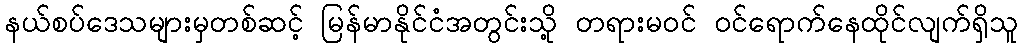
နယ်စပ်ဒေသများမှတစ်ဆင့် မြန်မာနိုင်ငံအတွင်းသို့ တရားမဝင် ဝင်ရောက်နေထိုင်လျက်ရှိသူ